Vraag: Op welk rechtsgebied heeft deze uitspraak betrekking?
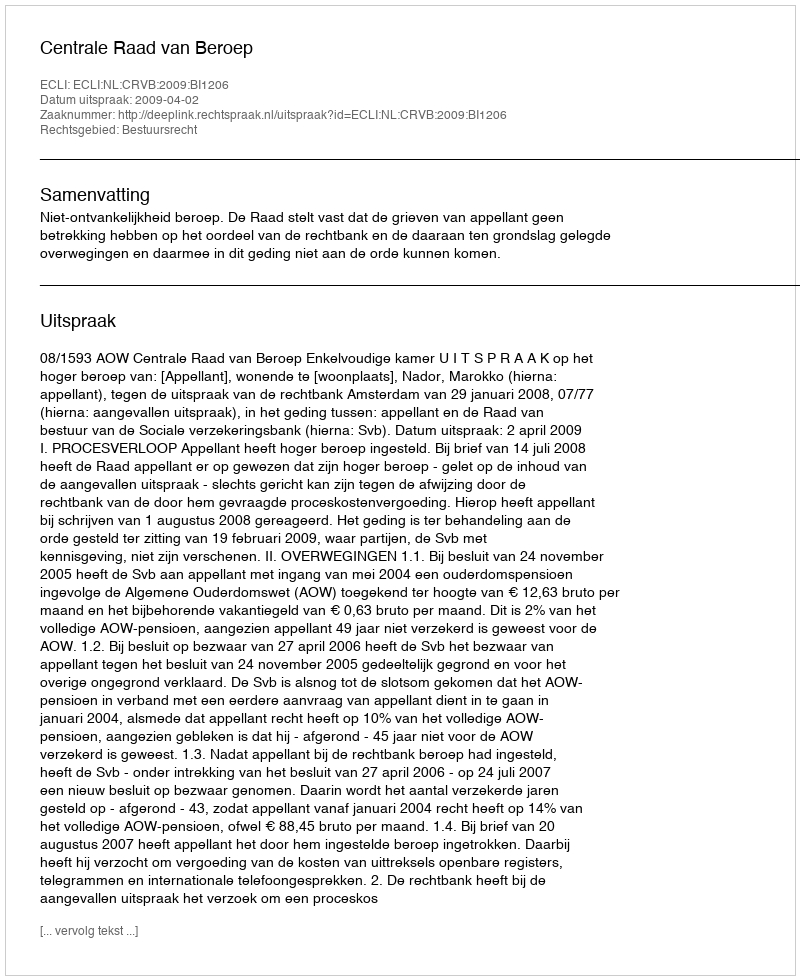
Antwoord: Bestuursrecht